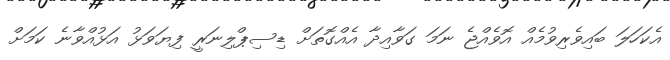
އެކަހަލަ ބައިވެރިވުމެއް އޮވެއްޖެ ނަމަ ގަވާއިދާ އެއްގޮތަށް ޑިސިޕްލިނަރީ ފިޔަވަޅު އަޅުއްވާނެ ކަމަށް